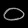
Digit: ၀